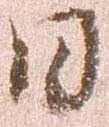
日